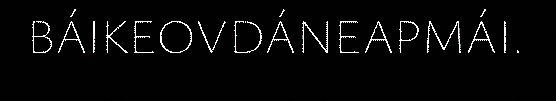
BÁIKEOVDÁNEAPMÁI.